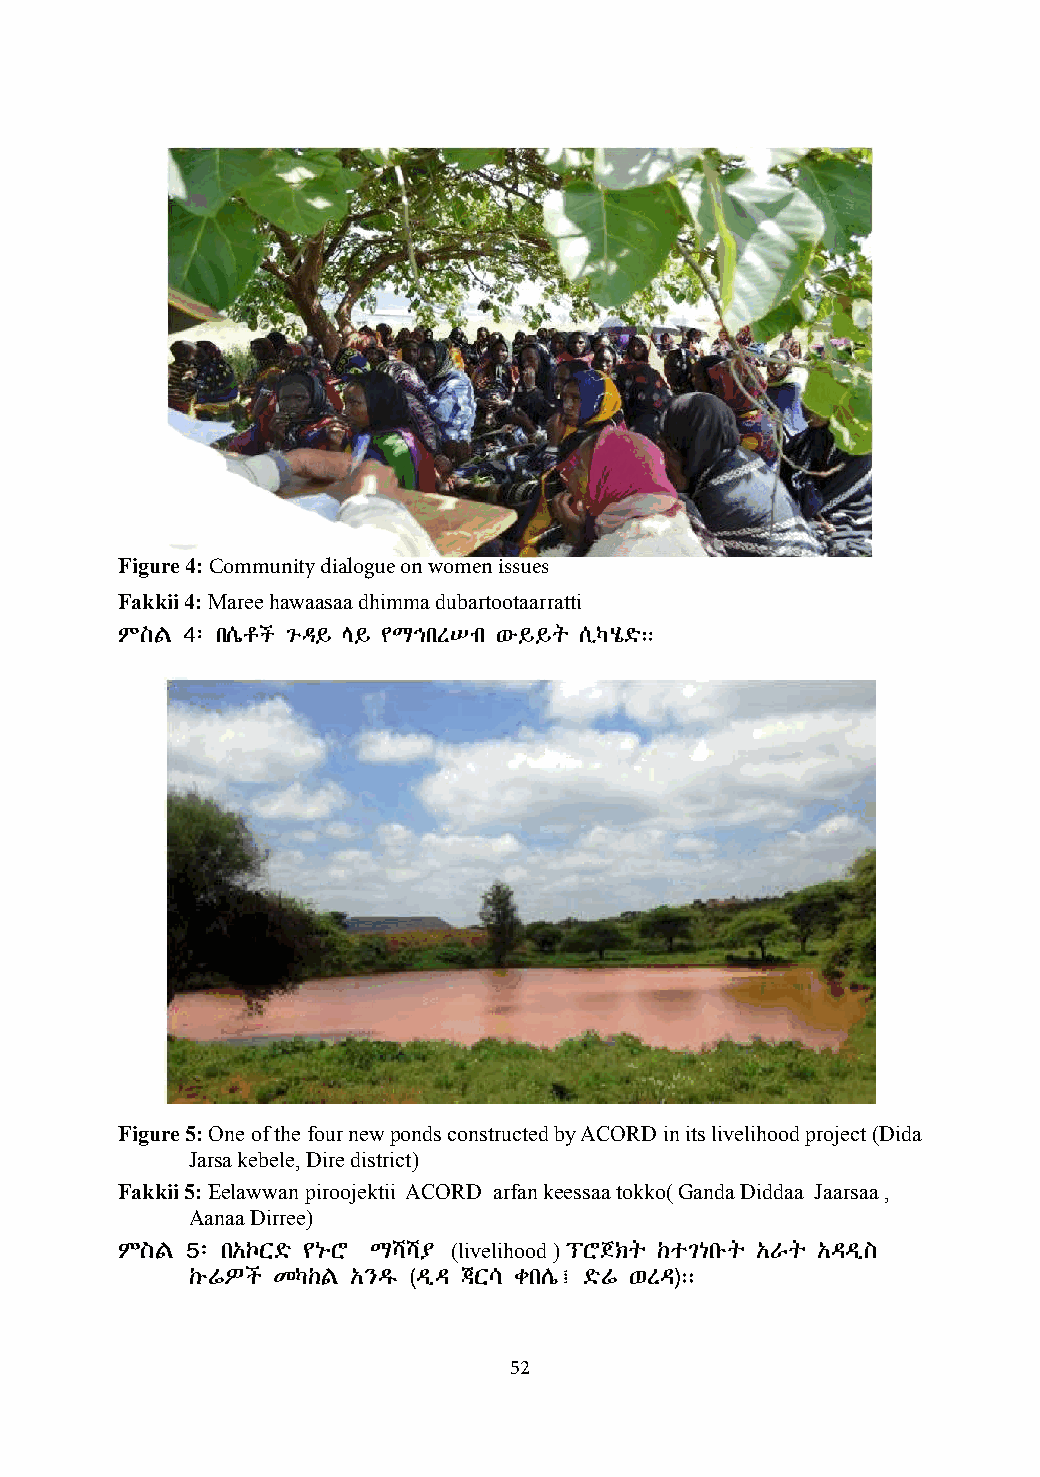
Figure 4: Community dialogue on women issues
 Fakkii 4: Maree hawaasaa dhimma dubartootaarratti
 ምስል 4፡ በሴቶች ጉዳይ ላይ የማኅበረሠብ ውይይት ሲካሄድ።
 Figure 5: One of the four new ponds constructed by ACORD in its livelihood project (Dida
 Jarsa kebele, Dire district)
 Fakkii 5: Eelawwan piroojektii ACORD arfan keessaa tokko( Ganda Diddaa Jaarsaa ,
 Aanaa Dirree)
 ምስል 5፡ በአኮርድ የኑሮ ማሻሻያ (livelihood ) ፕሮጀክት ከተገነቡት አራት አዳዲስ
 ኩሬዎች መካከል አንዱ (ዲዳ ጃርሳ ቀበሌ፤ ድሬ ወረዳ)።
 52